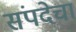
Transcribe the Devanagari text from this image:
संपदेचा